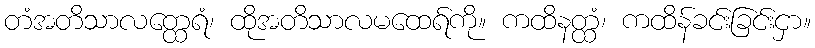
တံအတိသာလတ္ထေရံ၊ ထိုအတိသာလမထေရ်ကို။ ကထိနတ္ထံ၊ ကထိန်ခင်းခြင်းငှာ။